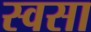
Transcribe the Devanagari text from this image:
स्वसा